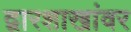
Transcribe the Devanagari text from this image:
द्वारशाखांवर